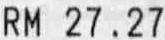
RM 27.27